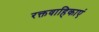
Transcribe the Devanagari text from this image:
रक्तवाहिकाएं